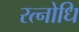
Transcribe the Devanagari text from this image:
रत्नोधि